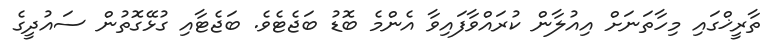
ތާރީޚްގައި މިހާތަނަށް އިއުލާން ކުރައްވާފައިވާ އެންމެ ބޮޑު ބަޖެޓެވެ. ބަޖެޓާއި ގުޅޭގޮތުން ސައުދީގެ